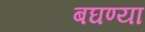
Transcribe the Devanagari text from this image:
बघण्या